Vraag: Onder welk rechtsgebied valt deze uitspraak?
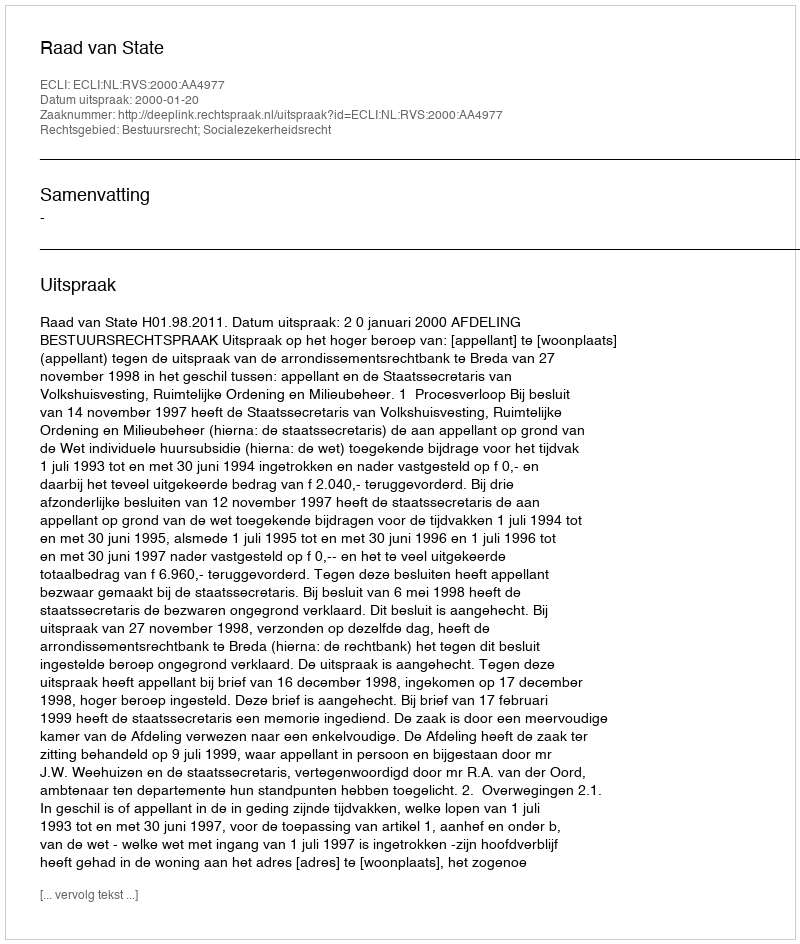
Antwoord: Bestuursrecht; Socialezekerheidsrecht